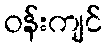
ဝန်းကျင်